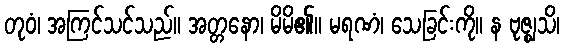
တုဝံ၊ အကြင်သင်သည်။ အတ္တနော၊ မိမိ၏။ မရဏံ၊ သေခြင်းကို။ န ဗုဇ္ဈသိ၊